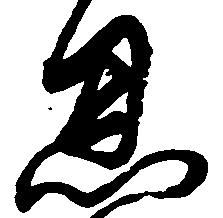
恩